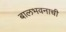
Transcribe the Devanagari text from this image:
बालभवनाची